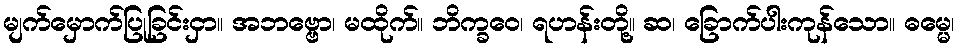
မျက်မှောက်ပြုခြင်းငှာ။ အဘဗ္ဗော၊ မထိုက်။ ဘိက္ခဝေ၊ ရဟန်းတို့။ ဆ၊ ခြောက်ပါးကုန်သော။ ဓမ္မေ၊